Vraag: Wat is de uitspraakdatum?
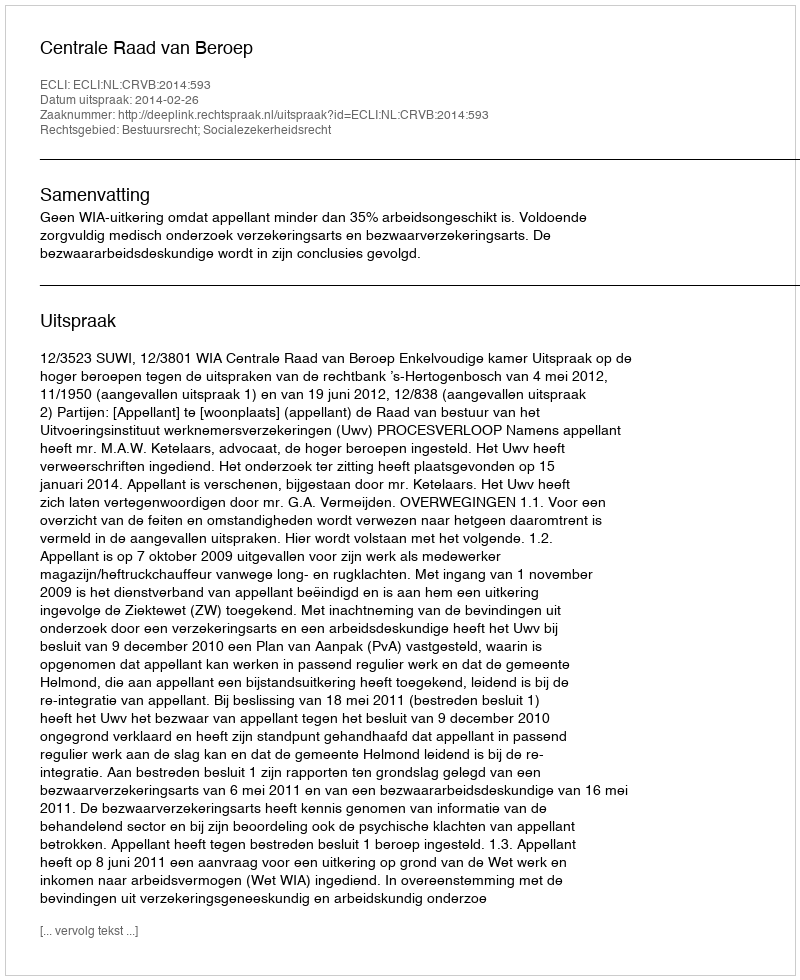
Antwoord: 2014-02-26